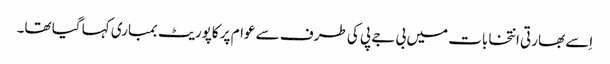
اِسے بھارتی انتخابات میں بی جے پی کی طرف سے عوام پر کاپوریٹ بمباری کہا گیا تھا۔